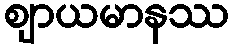
ဈာယမာနဿ